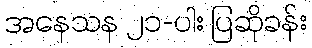
အနေသန ၂၁-ပါး ပြဆိုခန်း